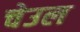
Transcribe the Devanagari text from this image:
चेउल